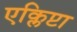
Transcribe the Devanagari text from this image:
एक्लिप्टा